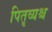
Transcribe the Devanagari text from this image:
पितृव्यश्च